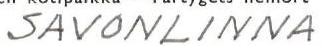
SAVONLINNA